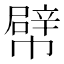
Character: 幦